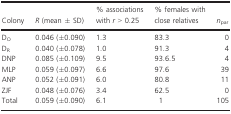
| Colony | R (mean ± SD) | % associations with r > 0.25 | % females with close relatives | npar |
 | --- | --- | --- | --- | --- |
 | DO | 0.046 (±0.090) | 1.3 | 83.3 | 0 |
 | DR | 0.040 (±0.078) | 1.0 | 91.3 | 4 |
 | DNP | 0.085 (±0.109) | 9.5 | 93.6.5 | 4 |
 | MLP | 0.059 (±0.097) | 6.6 | 97.6 | 39 |
 | ANP | 0.052 (±0.091) | 6.0 | 80.8 | 11 |
 | ZJF | 0.048 (±0.076) | 3.4 | 62.5 | 0 |
 | Total | 0.059 (±0.090) | 6.1 | 1 | 105 |